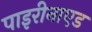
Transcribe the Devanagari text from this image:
पाइरीनाएड